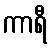
ကာရီ